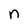
Character: n